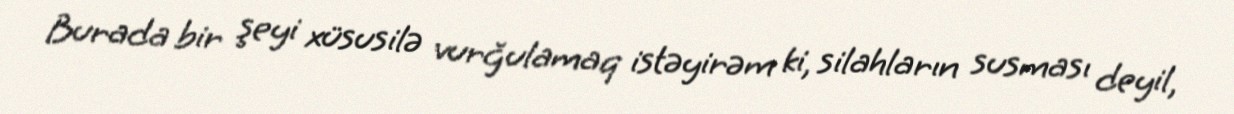
Burada bir şeyi xüsusilə vurğulamaq istəyirəm ki, silahların susması deyil,